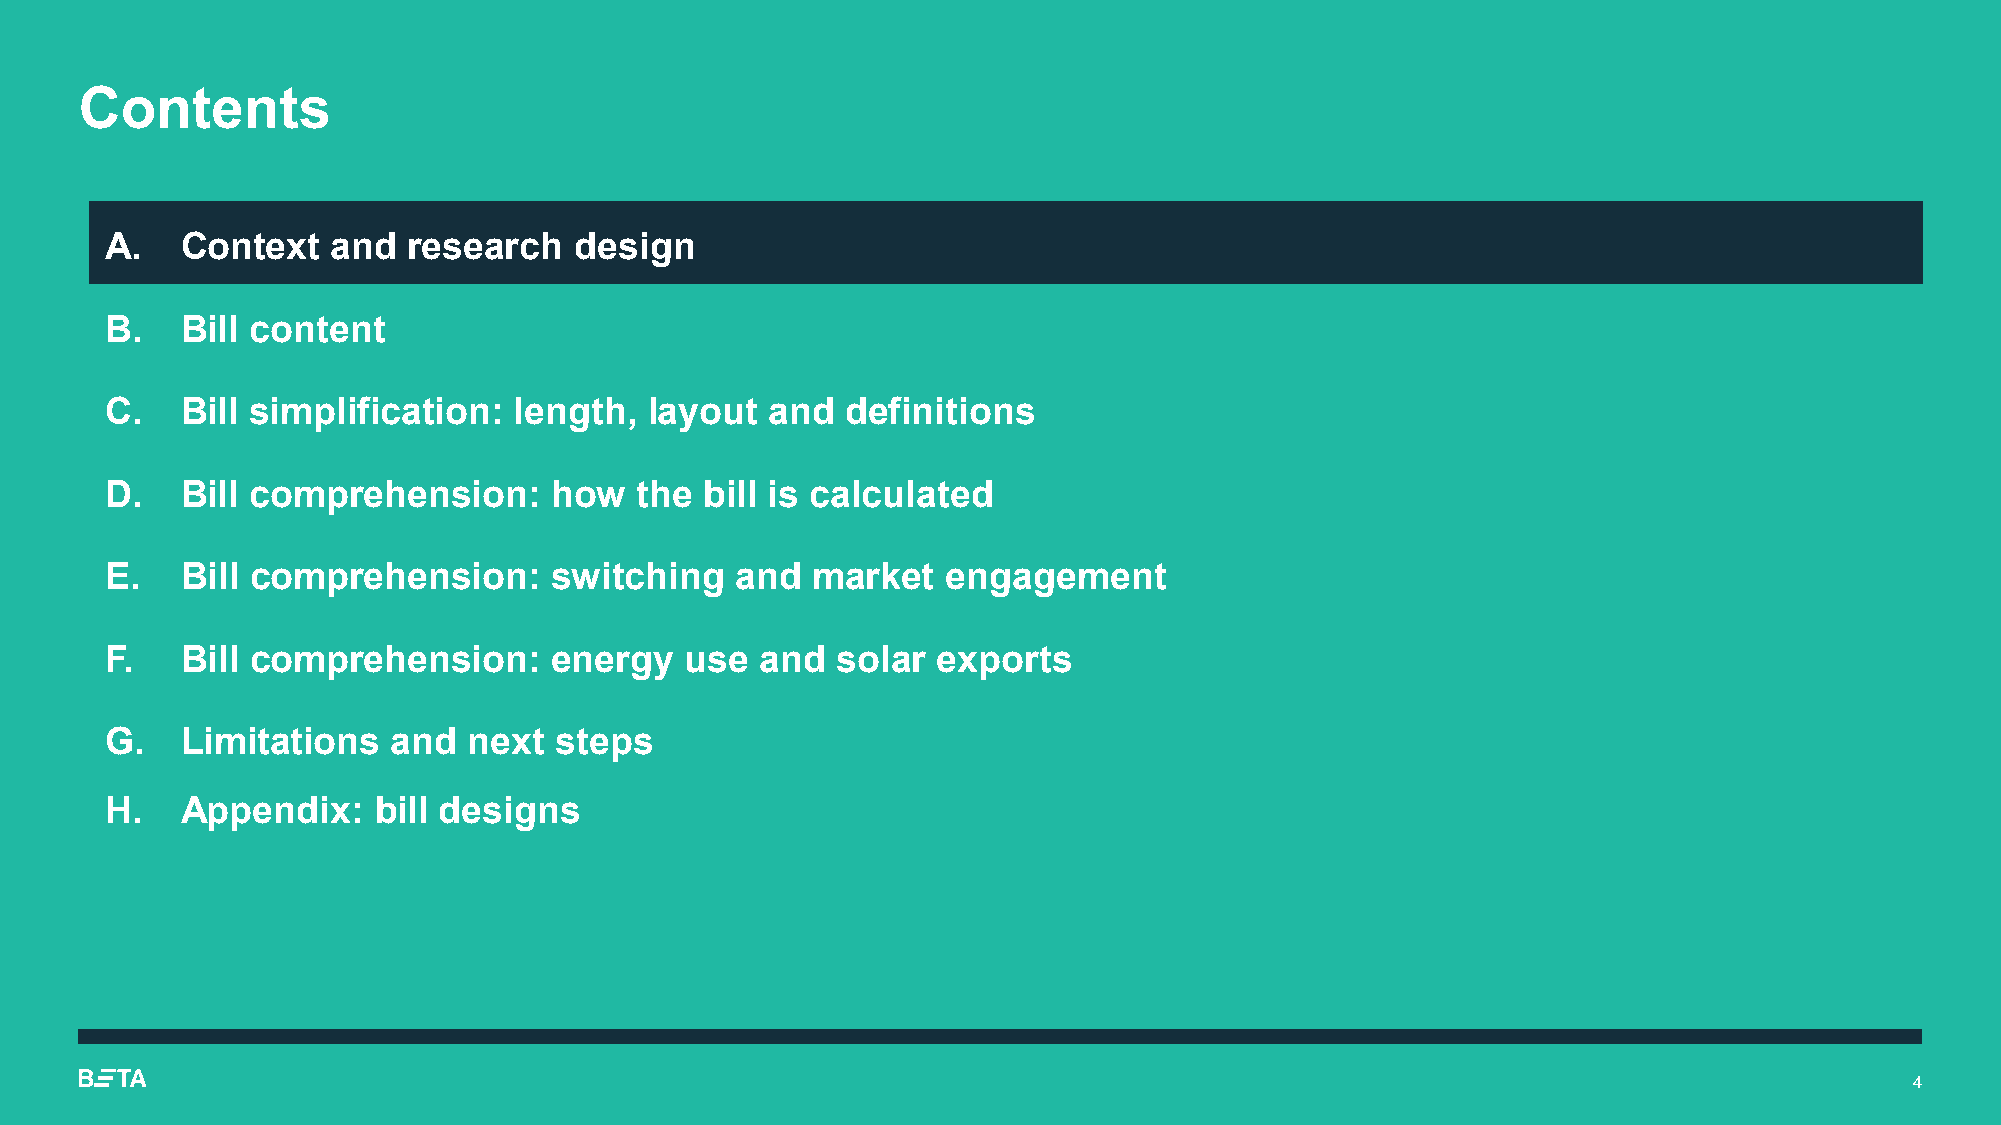
Contents
 A.   Context   and  research   design
 B.   Bill content
 C.   Bill simplification:  length,  layout  and  definitions
 D.   Bill comprehension:      how  the  bill is calculated
 E.   Bill comprehension:      switching   and  market   engagement
 F.   Bill comprehension:      energy  use  and  solar  exports
 G.   Limitations   and  next  steps
 H.   Appendix:    bill designs
 4